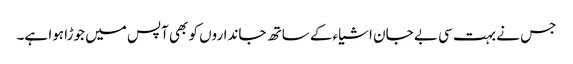
جس نے بہت سی بے جان اشیاء کے ساتھ جانداروں کو بھی آپس میں جوڑا ہوا ہے۔